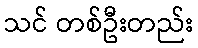
သင် တစ်ဦးတည်း